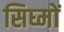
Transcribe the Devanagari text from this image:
सिघ्मों